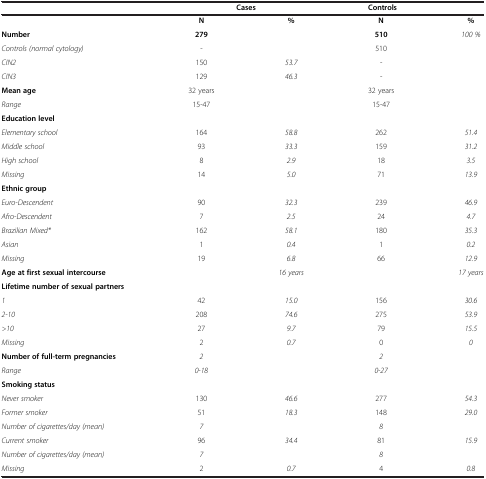
|  | <COLSPAN=2> Cases | Controls |  |
 | --- | --- | --- | --- | --- |
 |  | N | % | N | % |
 | Number | 279 |  | 510 | 100 % |
 | Controls (normal cytology) | - |  | 510 |  |
 | CIN2 | 150 | 53.7 | - |  |
 | CIN3 | 129 | 46.3 | - |  |
 | Mean age | 32 years |  | 32 years |  |
 | Range | 15-47 |  | 15-47 |  |
 | Education level |  |  |  |  |
 | Elementary school | 164 | 58.8 | 262 | 51.4 |
 | Middle school | 93 | 33.3 | 159 | 31.2 |
 | High school | 8 | 2.9 | 18 | 3.5 |
 | Missing | 14 | 5.0 | 71 | 13.9 |
 | Ethnic group |  |  |  |  |
 | Euro-Descendent | 90 | 32.3 | 239 | 46.9 |
 | Afro-Descendent | 7 | 2.5 | 24 | 4.7 |
 | Brazilian Mixed* | 162 | 58.1 | 180 | 35.3 |
 | Asian | 1 | 0.4 | 1 | 0.2 |
 | Missing | 19 | 6.8 | 66 | 12.9 |
 | Age at first sexual intercourse |  | 16 years |  | 17 years |
 | Lifetime number of sexual partners |  |  |  |  |
 | 1 | 42 | 15.0 | 156 | 30.6 |
 | 2-10 | 208 | 74.6 | 275 | 53.9 |
 | >10 | 27 | 9.7 | 79 | 15.5 |
 | Missing | 2 | 0.7 | 0 | 0 |
 | Number of full-term pregnancies | 2 |  | 2 |  |
 | Range | 0-18 |  | 0-27 |  |
 | Smoking status |  |  |  |  |
 | Never smoker | 130 | 46.6 | 277 | 54.3 |
 | Former smoker | 51 | 18.3 | 148 | 29.0 |
 | Number of cigarettes/day (mean) | 7 |  | 8 |  |
 | Current smoker | 96 | 34.4 | 81 | 15.9 |
 | Number of cigarettes/day (mean) | 7 |  | 8 |  |
 | Missing | 2 | 0.7 | 4 | 0.8 |